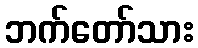
ဘက်တော်သား